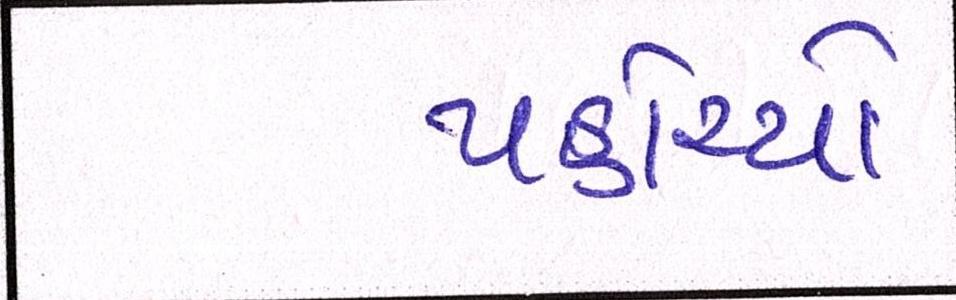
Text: પહોંચ્યો